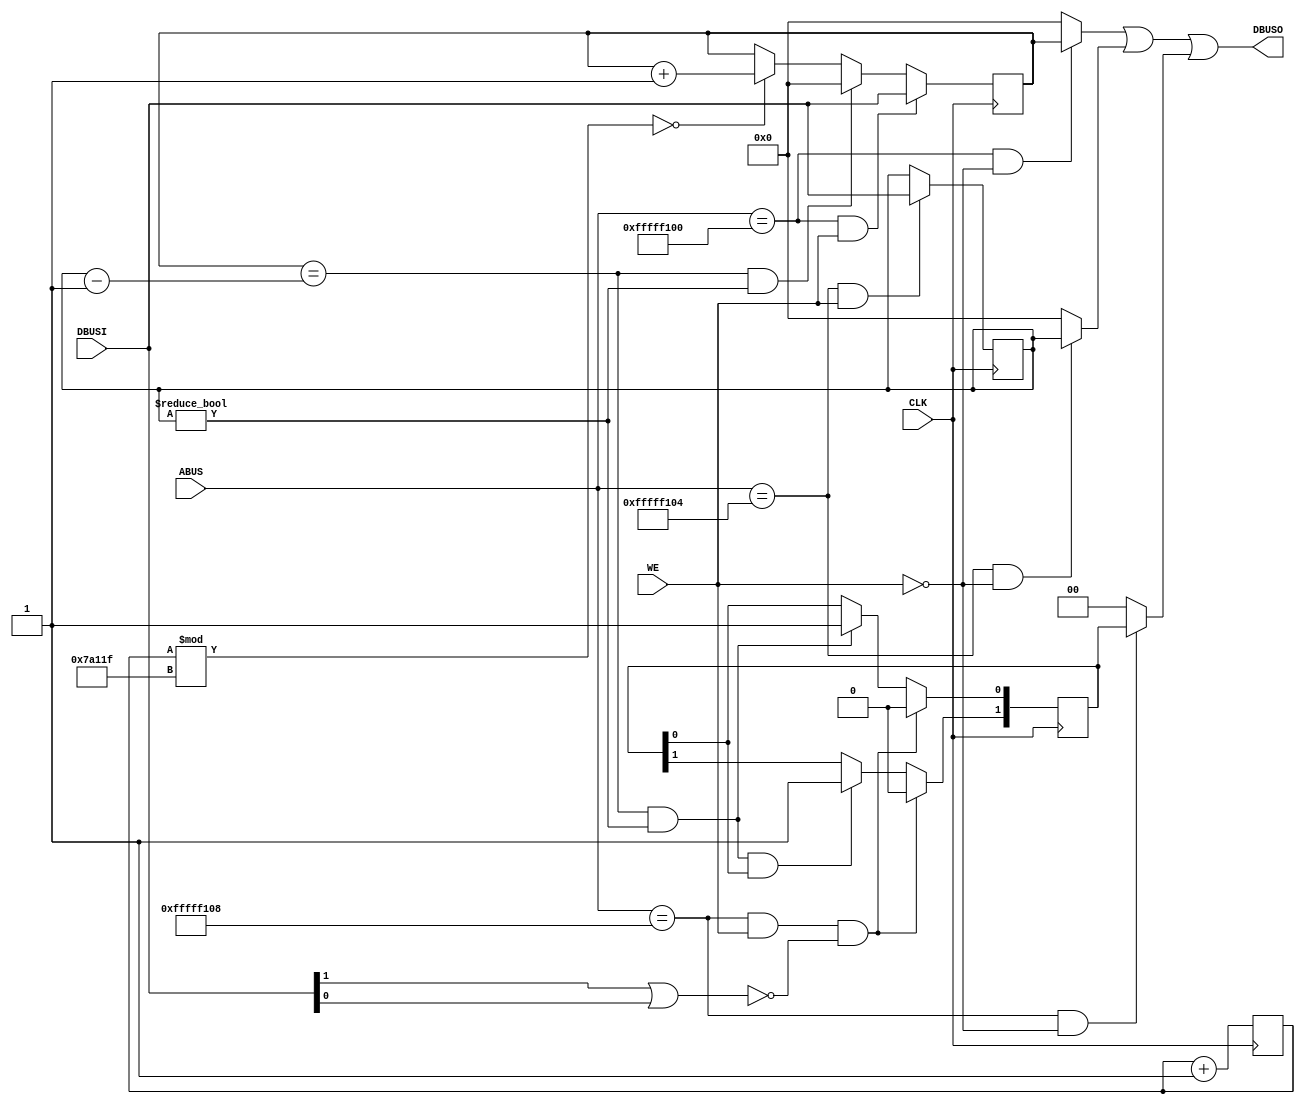
module Timer (
	input wire [31:0] ABUS,
	input wire [31:0] DBUSI,
	input wire WE,CLK,
	output wire [31:0] DBUSO/*,LOCK,INIT,
	output wire INTR*/ );
	
	parameter BITS = 32;
	parameter TCNTADDR = 32'hFFFFF100;
	parameter TLIMADDR = 32'hFFFFF104;
	parameter TCTLADDR = 32'hFFFFF108;
	
	parameter FREQ = 32'd50;
   parameter MILLS = FREQ*32'd10000;
	//parameter MILLS = 32'd2;
	
	wire selCnt = (ABUS == TCNTADDR);
	wire selLim = (ABUS == TLIMADDR);
	wire selCtl = (ABUS == TCTLADDR);
	wire wrCnt = selCnt && WE;
	wire rdCnt = selCnt && (!WE);
	wire wrLim = selLim && WE;
	wire rdLim = selLim && (!WE);
	wire wrCtl = selCtl && WE && !(DBUSI[1] | DBUSI[0]);
	wire rdCtl = selCtl && (!WE);
	
	//Timer limit register
	reg [31:0] TCNT=32'b0;
	//Timer control register
	reg [4:0] TCTL=4'b0;
	//Timer count register
	reg [31:0] TLIM=32'b0;
	reg [31:0] count;
	//will change the size of TCTL as needed
	//count of clock cycles to track 1 millisecond
	wire checkMilsec = ((count%(MILLS-1))==0);
	wire limEn = (TLIM!=0);
	wire limHit = TCNT==(TLIM-1);
	
	//basically, if it hasn't been a millisecond, feed back in same values. If TCNT is within
	//the TLIM-1 range, increment it. If TLIM is nonzero and TCNT is out of bounds, the read
	//bit is set and TCNT goes back to 0. If the read bit was already set, the overflow bit
	//gets set.
	always @(posedge CLK) begin
		count<=count+32'd1;
		TCTL[1]<=(wrCtl)?1'b0:
					(limHit&limEn&TCTL[0])?1'b1:
					TCTL[1];
		TCTL[0]<=(wrCtl)?1'b0:
					(limHit&limEn)?1'b1:
					TCTL[0];
		
		TCNT<=	(wrCnt)?DBUSI:
					(limHit&&limEn)?32'b0:
					checkMilsec?(TCNT+32'd1):
					TCNT;
		TLIM<=(wrLim)?DBUSI:TLIM;
		//TCTL<=(wrCtl)?DBUSI:TCTL;
	end
	
	wire [31:0] DBUS_CNT = (rdCnt)?TCNT:32'd0;
	wire [31:0] DBUS_LIM = (rdLim)?TLIM:32'd0;
	wire [31:0] DBUS_CTL = (rdCtl)?TCTL:32'd0;
	
	assign DBUSO=(DBUS_CNT | DBUS_LIM | DBUS_CTL);
	
	//keep interrupt request 0 for now
	//assign INTR = 0;
endmodule